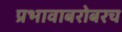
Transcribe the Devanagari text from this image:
प्रभावाबरोबरच